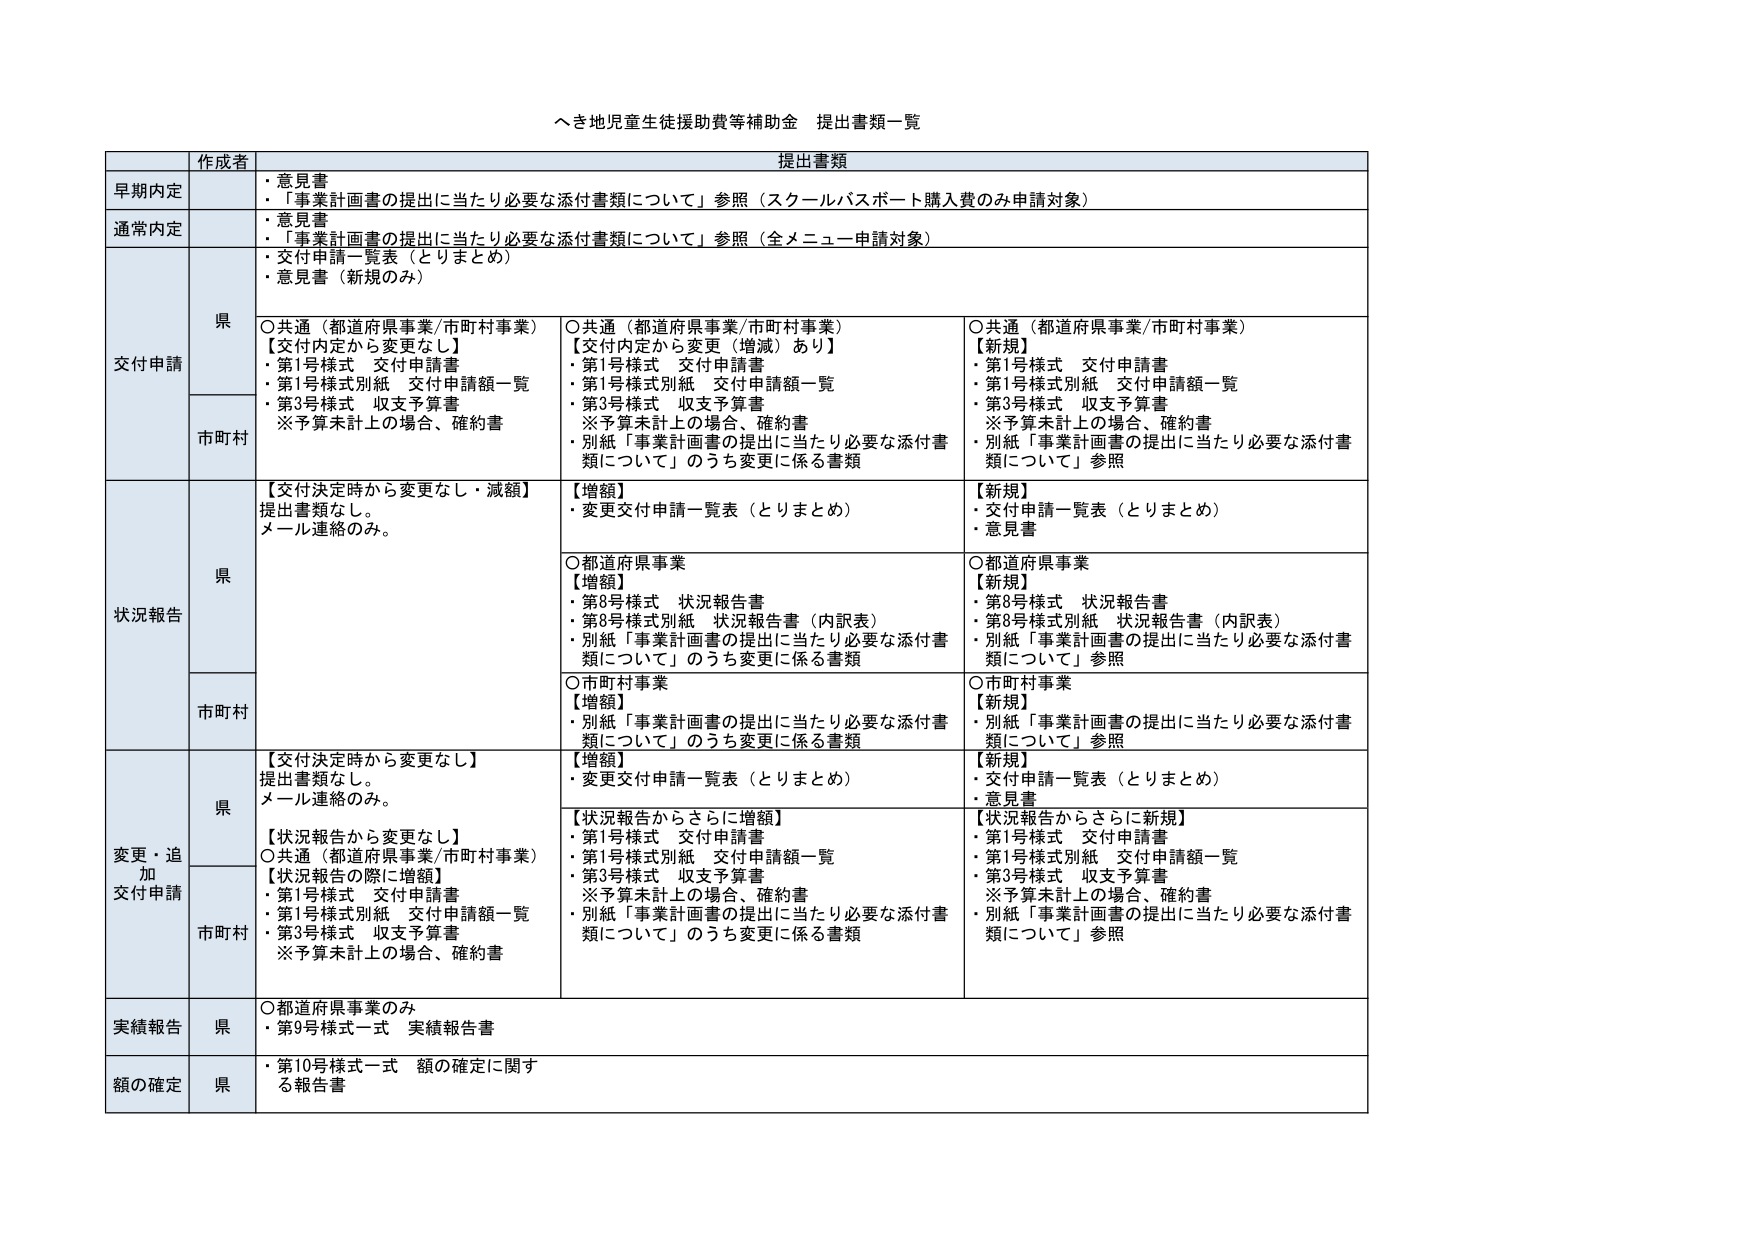
へき地児童生徒援助費等補助金 提出書類一覧

作成者 提出書類

早期内定
・意見書
・「事業計画書の提出に当たり必要な添付書類について」参照（スクールバスポート購入費のみ申請対象）

通常内定
・意見書
・「事業計画書の提出に当たり必要な添付書類について」参照（全メニュー申請対象）

交付申請
県
○共通（都道府県事業/市町村事業）
【交付内定から変更なし】
・第1号様式 交付申請書
・第1号様式別紙 交付申請額一覧
・第3号様式 収支予算書
※予算未計上の場合、確約書

○共通（都道府県事業/市町村事業）
【交付内定から変更（増減）あり】
・第1号様式 交付申請書
・第1号様式別紙 交付申請額一覧
・第3号様式 収支予算書
※予算未計上の場合、確約書
・別紙「事業計画書の提出に当たり必要な添付書類について」のうち変更に係る書類

○共通（都道府県事業/市町村事業）
【新規】
・第1号様式 交付申請書
・第1号様式別紙 交付申請額一覧
・第3号様式 収支予算書
※予算未計上の場合、確約書
・別紙「事業計画書の提出に当たり必要な添付書類について」参照

市町村

状況報告
県
【交付決定時から変更なし・減額】
提出書類なし。
メール連絡のみ。

【増額】
・変更交付申請一覧表（とりまとめ）

【新規】
・交付申請一覧表（とりまとめ）
・意見書

○都道府県事業
【増額】
・第8号様式 状況報告書
・第8号様式別紙 状況報告書（内訳表）
・別紙「事業計画書の提出に当たり必要な添付書類について」のうち変更に係る書類

○都道府県事業
【新規】
・第8号様式 状況報告書
・第8号様式別紙 状況報告書（内訳表）
・別紙「事業計画書の提出に当たり必要な添付書類について」参照

市町村
○市町村事業
【増額】
・別紙「事業計画書の提出に当たり必要な添付書類について」のうち変更に係る書類

○市町村事業
【新規】
・別紙「事業計画書の提出に当たり必要な添付書類について」参照

変更・追加交付申請
県
【交付決定時から変更なし】
提出書類なし。
メール連絡のみ。

【増額】
・変更交付申請一覧表（とりまとめ）

【新規】
・交付申請一覧表（とりまとめ）
・意見書

○共通（都道府県事業/市町村事業）
【状況報告から変更なし】
【状況報告の際に増額】
・第1号様式 交付申請書
・第1号様式別紙 交付申請額一覧
・第3号様式 収支予算書
※予算未計上の場合、確約書

【状況報告からさらに増額】
・第1号様式 交付申請書
・第1号様式別紙 交付申請額一覧
・第3号様式 収支予算書
※予算未計上の場合、確約書
・別紙「事業計画書の提出に当たり必要な添付書類について」のうち変更に係る書類

【状況報告からさらに新規】
・第1号様式 交付申請書
・第1号様式別紙 交付申請額一覧
・第3号様式 収支予算書
※予算未計上の場合、確約書
・別紙「事業計画書の提出に当たり必要な添付書類について」参照

市町村

実績報告
県
○都道府県事業のみ
・第9号様式一式 実績報告書

額の確定
県
・第10号様式一式 額の確定に関する報告書